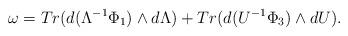
LaTeX: \begin{align*} \omega=Tr(d (\Lambda^{-1}\Phi_1)\wedge d \Lambda)+ Tr(d (U^{-1}\Phi_3) \wedge d U ).\end{align*}